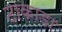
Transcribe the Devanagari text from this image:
टाकाडा